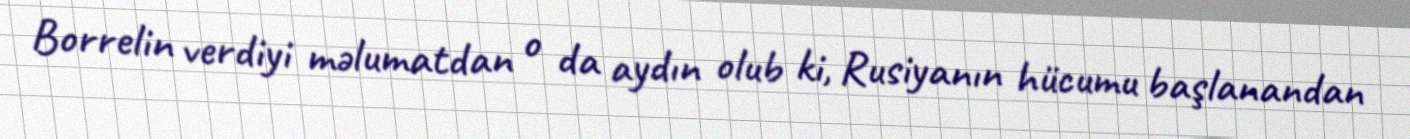
Borrelin verdiyi məlumatdan o da aydın olub ki, Rusiyanın hücumu başlanandan